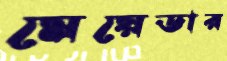
মেয়েডার